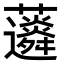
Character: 𧅊